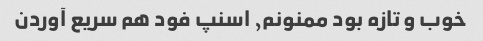
خوب و تازه بود ممنونم, اسنپ فود هم سریع آوردن